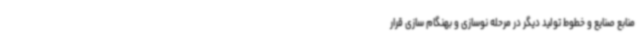
منابع صنایع و خطوط تولید دیگر در مرحله نوسازی و بهنگام سازی قرار